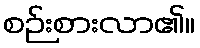
စဉ်းစားလာ၏။